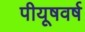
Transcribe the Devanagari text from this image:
पीयूषवर्ष